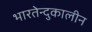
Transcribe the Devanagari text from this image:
भारतेन्दुकालीन